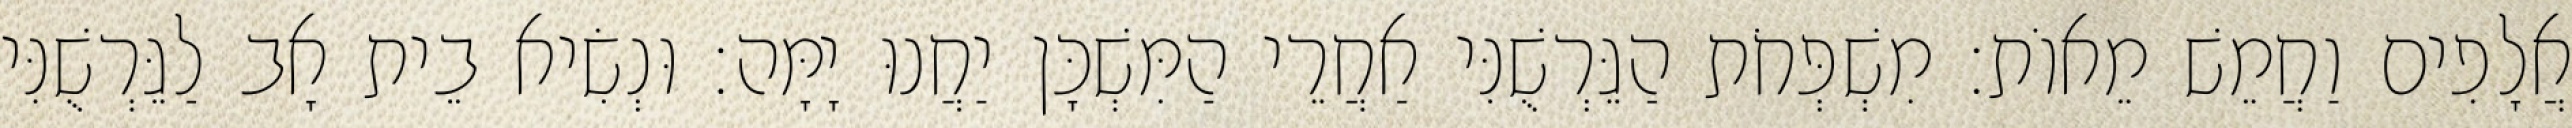
אֲלָפִים וַחֲמֵשׁ מֵאוֹת׃ מִשְׁפְּחֹת הַגֵּרְשֻׁנִּי אַחֲרֵי הַמִּשְׁכָּן יַחֲנוּ יָמָּה׃ וּנְשִׂיא בֵית אָב לַגֵּרְשֻׁנִּי